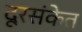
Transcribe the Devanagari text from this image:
दूरसंकेत